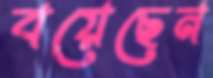
বয়েছেন